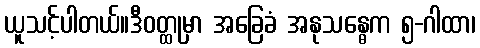
ယူသင့်ပါတယ်။ဒီဝတ္ထုမှာ အခြေခံ အနုသန္ဓေက ၅-ဂါထာ၊